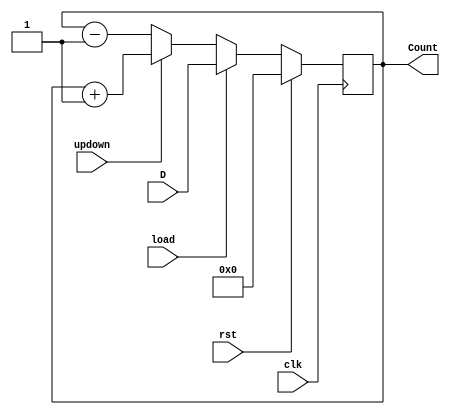
module counter(D,clk,rst,load,updown,Count);
  
  input clk,rst,load,updown;
  input [3:0]D;
  output reg[3:0] Count;
  
  always@(posedge clk)
    if(rst)
      Count<=4'b0000;
  else if(load)
      Count<=D;
  else if(updown)
      Count <= Count+1;
  else
      Count<= Count-1;
  
endmodule